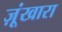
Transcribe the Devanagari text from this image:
ज़ूंखारा